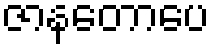
ဇာနတောပေ